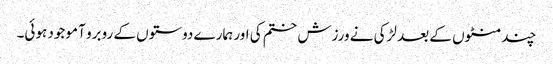
چند منٹوں کے بعد لڑکی نے ورزش ختم کی اور ہمارے دوستوں کے روبرو آ موجود ہوئی۔